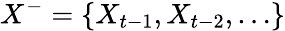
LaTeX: X^{-}=\{ X_{t-1},X_{t-2},\ldots\}